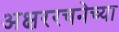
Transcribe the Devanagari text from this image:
अक्षररचनेच्या